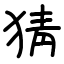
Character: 猜